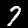
Label: 7